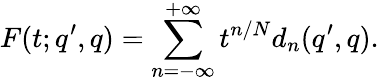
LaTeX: F(t;q^{\prime},q)=\sum_{n=-\infty}^{+\infty}t^{n/N}d_{n}(q^{\prime},q).